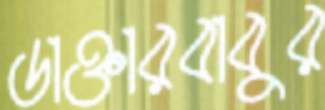
ডাক্তারবাবুর